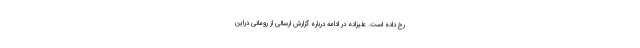
رخ داده است. علیزاده در ادامه درباره گزارش ارسالی از رومانی دراین